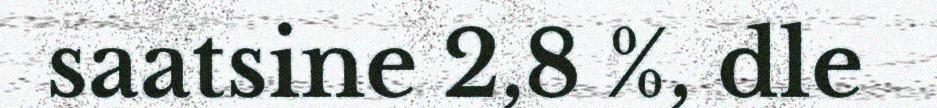
saatsine 2,8 %, dle